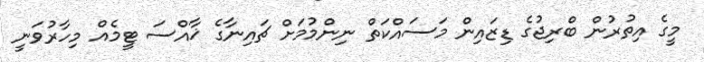
މީގެ އިތުރުން ބްރިޖުގެ ޑިޒައިން މަސައްކަތް ނިންމުމަށް ޗައިނާގެ ޚާއްސަ ޓީމެއް މިހާރުވަނީ